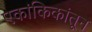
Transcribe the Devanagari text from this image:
एकांकिकांतून